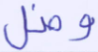
وضل